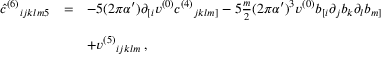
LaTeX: \begin{array} { r c l } { { { \hat { c } } ^ { ( 6 ) } { } _ { i j k l m 5 } } } & { { = } } & { { - 5 ( 2 \pi \alpha ^ { \prime } ) \partial _ { [ i } v ^ { ( 0 ) } c ^ { ( 4 ) } { } _ { j k l m ] } - 5 { \textstyle \frac { m } { 2 } } ( 2 \pi \alpha ^ { \prime } ) ^ { 3 } v ^ { ( 0 ) } b _ { [ i } \partial _ { j } b _ { k } \partial _ { l } b _ { m ] } } } \\ { { } } & { { } } & { { } } \\ { { } } & { { } } & { { + v ^ { ( 5 ) } { } _ { i j k l m } \, , } } \end{array}